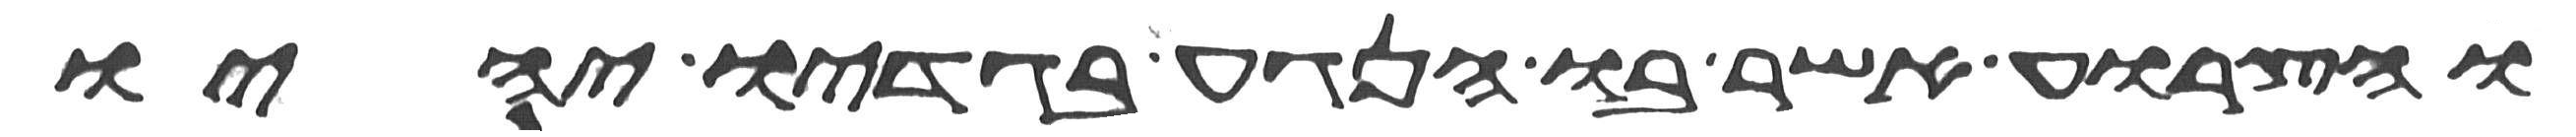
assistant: והצרוע אשר בו הנגע בגדיו יהיו